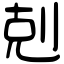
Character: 剋